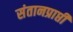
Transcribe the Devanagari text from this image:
संतानप्राप्ती